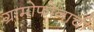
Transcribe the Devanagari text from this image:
ग्रामोफोनाची